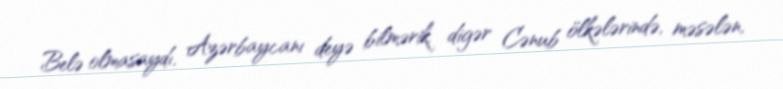
Belə olmasaydı, Azərbaycanı deyə bilmərik, digər Cənub ölkələrində, məsələn,